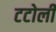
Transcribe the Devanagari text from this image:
टटोली